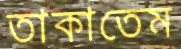
তাকাতেম